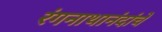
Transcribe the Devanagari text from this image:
रंगनाथानंदांचे